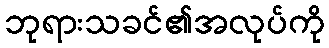
ဘုရားသခင်၏အလုပ်ကို